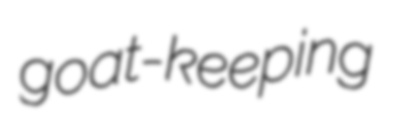
goat-keeping